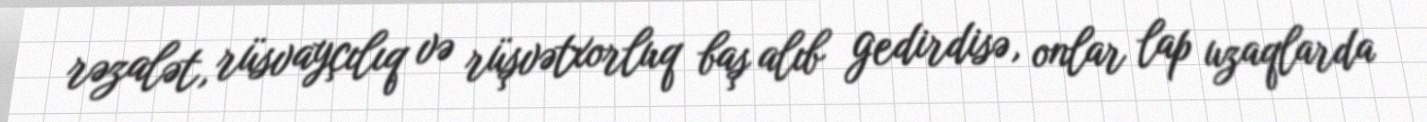
rəzalət, rüsvayçılıq və rüşvətxorluq baş alıb gedirdisə, onlar lap uzaqlarda